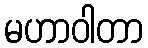
မဟာဝါတာ